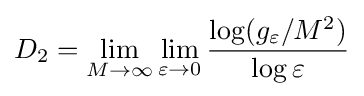
D_{2}=\lim _{M\to \infty }\lim _{\varepsilon \to 0}{\frac {\log(g_{\varepsilon }/M^{2})}{\log \varepsilon }}